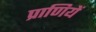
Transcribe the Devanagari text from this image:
प्राणियें